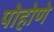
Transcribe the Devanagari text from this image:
पोहोणे